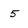
Character: 5